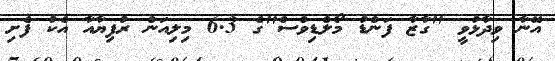
އޭނާ ވިދާޅުވީ "ގާޒާ ފަންޑު މޯލްޑިވްސް"ގެ 6.3 މިލިއަން ރުފިޔާއާ އެކު ފެށި